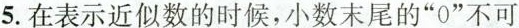
5.在表示近似数的时候，小数末尾的”0”不可以